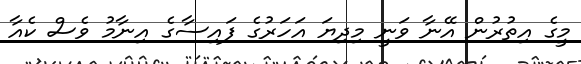
މީގެ އިތުރުން އޭނާ ވަނީ މިދިޔަ އަހަރުގެ ފައިސާގެ އިނާމު ވެސް ކެއާ